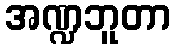
အဏ္ဍဘူတာ